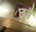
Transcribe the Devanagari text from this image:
छुवै